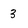
Character: 3